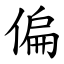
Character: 偏